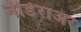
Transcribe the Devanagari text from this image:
नीडेराअर